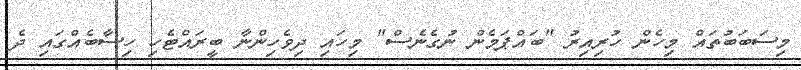
މިސަބަބުތައް މިހެން ހުރިއިރު "ބައްޕަމެން ނުގެނެސް" މިހައި ދިވެހިންނާ ބީރައްޓެހި ހިސާބެއްގައި ދެ